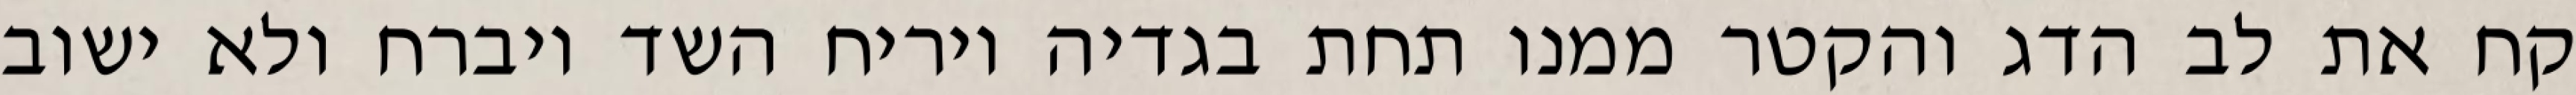
קח את לב הדג והקטר ממנו תחת בגדיה ויריח השד ויברח ולא ישוב